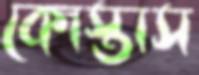
কোস্তাস